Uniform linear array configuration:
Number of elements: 24
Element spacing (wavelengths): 1
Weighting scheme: hamming
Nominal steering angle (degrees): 15
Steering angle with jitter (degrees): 15.58
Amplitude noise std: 0.05
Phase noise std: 0.05

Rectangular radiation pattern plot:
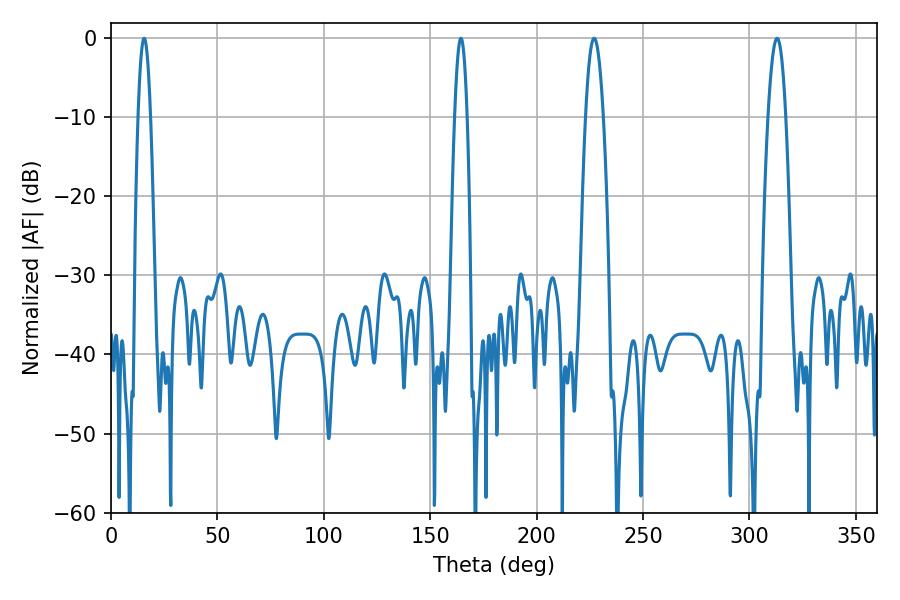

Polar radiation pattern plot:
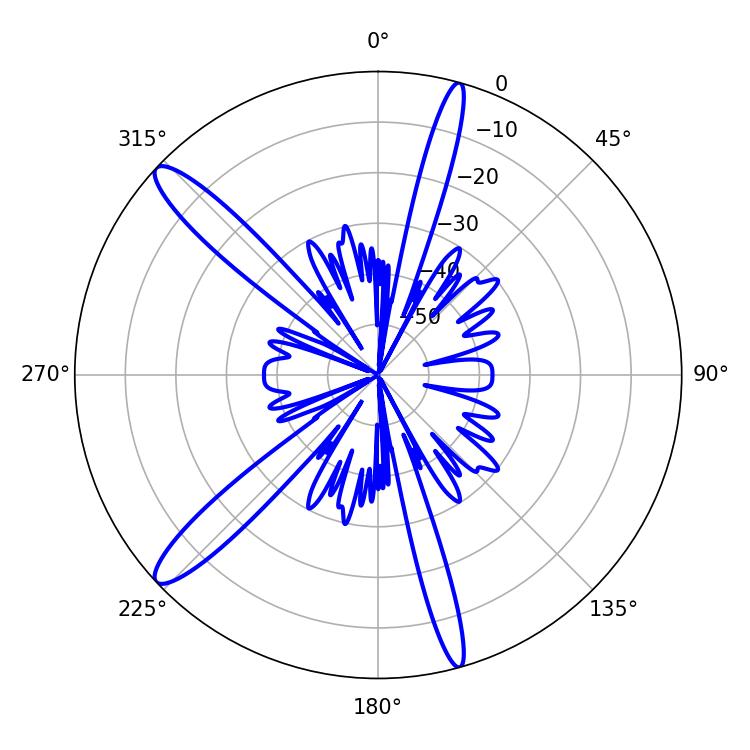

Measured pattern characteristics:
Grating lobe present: TRUE
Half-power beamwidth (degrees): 4.5
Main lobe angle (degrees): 226.98